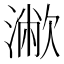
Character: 𣿁